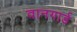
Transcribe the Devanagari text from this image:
वानगार्ड